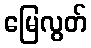
မြေလွတ်